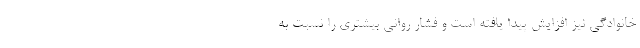
خانوادگی نیز افزایش پیدا یافته است و فشار روانی بیشتری را نسبت به